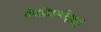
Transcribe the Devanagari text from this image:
कैलिग्राफीझाली